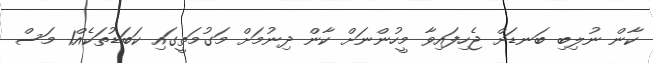
ކާން ނުލިބި ބަނޑަށް ޖެހިފައިވާ މީހުންނަށް ކާން ދިނުމަށް މަގުމަތީގައި ކަބަޑުތަކެއް1 މަސް